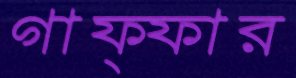
গাফ্ফার